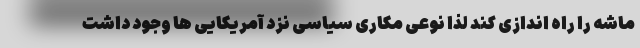
ماشه را راه اندازی کند لذا نوعی مکاری سیاسی نزد آمریکایی ها وجود داشت